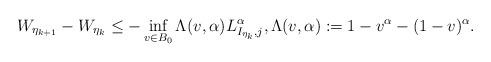
LaTeX: \begin{align*} W_{\eta_{k+1}} - W_{\eta_k} \leq - \inf_{v \in B_0} \Lambda ( v, \alpha) L_{I_{\eta_k},j}^\alpha , \Lambda (v,\alpha ) := 1 - v^\alpha - (1-v)^\alpha .\end{align*}